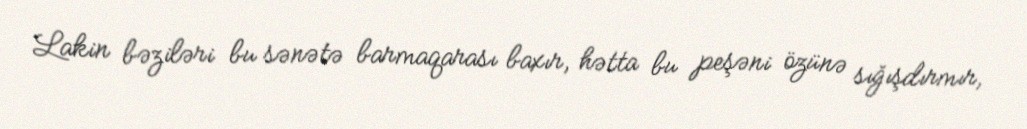
Lakin bəziləri bu sənətə barmaqarası baxır, hətta bu peşəni özünə sığışdırmır,